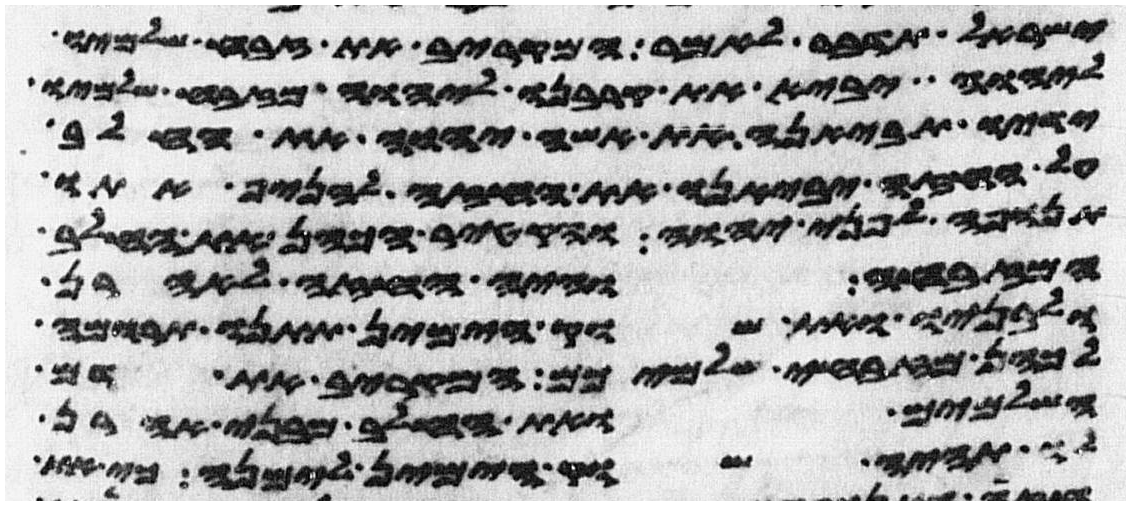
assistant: ישראל תדבר לאמר המקריב את זבח שלמיו
ליהוה יביא את קרבנו ליהוה מזבח שלמיו
ידיו תביאנה את אשי יהוה את החלב
על החזה יביאנו את החזה להניף אתו
תנופה לפני יהוה והקטיר הכהן את החלב
המזבחה והיה החזה לאהרן
ולבניו ואת שוק הימין תתנו תרומה
לכהן מזבחי שלמיכם המקריב את דם
השלמים ואת החלב מבני אהרן
לו תהיה שוק הימין למנה כי את